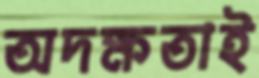
অদক্ষতাই